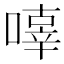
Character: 𠽿